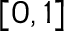
[ 0 , 1 ]